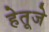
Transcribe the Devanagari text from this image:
हेतूजे